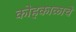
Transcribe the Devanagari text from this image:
कोहकाळाचे